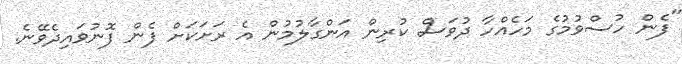
"ފެން ހުސްވުމުގެ މަހެއްހާ ދުވަސް ކުރިން އަންގާލުމުން އެ ރަށަކަށް ފެން ފޮނުވައިދެވޭނެ.